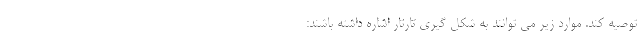
توصیه کند. موارد زیر می توانند به شکل گیری تارتار اشاره داشته باشند: